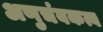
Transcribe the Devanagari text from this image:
अणुचंबकत्व